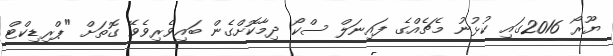
ޔޫރޯ 2016ގައި ކުޅުނު މެޗެއްގެ ފައިނަލް ސްކޯ ދިމާކޮށްގެން ބައިވެރިވެވޭ ގޮތަށް "ޕްރިޑިކްޓް